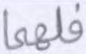
فلهما